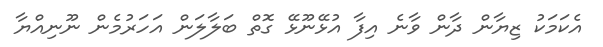
އެކަމަކު ޒިޔާން ދާން ވާނެ އިފާ އުޅޭނޫޅޭ ގޮތް ބަލާލަން އަހަރުމެން ނޫނިއްޔާ